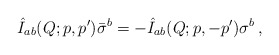
\begin{align*}\hat I_{ab}(Q;p,p^\prime) \bar \sigma^b = - \hat I_{ab}(Q;p,-p^\prime) \sigma^b \, ,\end{align*}